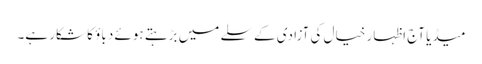
میڈیا آج اظہار خیال کی آزادی کے سلے میں بڑہتے ہوئے دباؤ کا شکار ہے۔